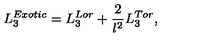
L _ { 3 } ^ { E x o t i c } = L _ { 3 } ^ { L o r } + \frac { 2 } { l ^ { 2 } } L _ { 3 } ^ { T o r } ,